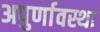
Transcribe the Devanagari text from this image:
अपुर्णावस्था